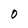
Character: O